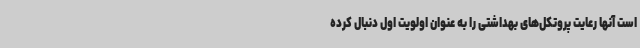
است آنها رعایت پروتکل‌های بهداشتی را به عنوان اولویت اول دنبال کرده